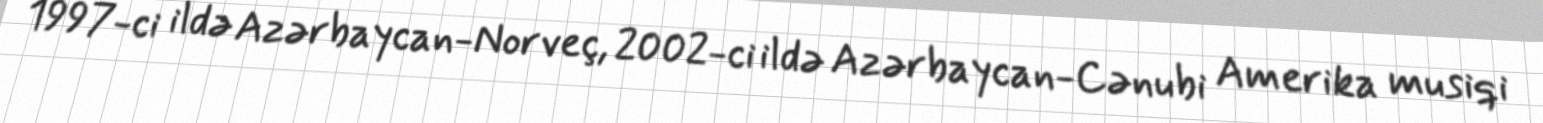
1997-ci ildə Azərbaycan-Norveç, 2002-ci ildə Azərbaycan-Cənubi Amerika musiqi